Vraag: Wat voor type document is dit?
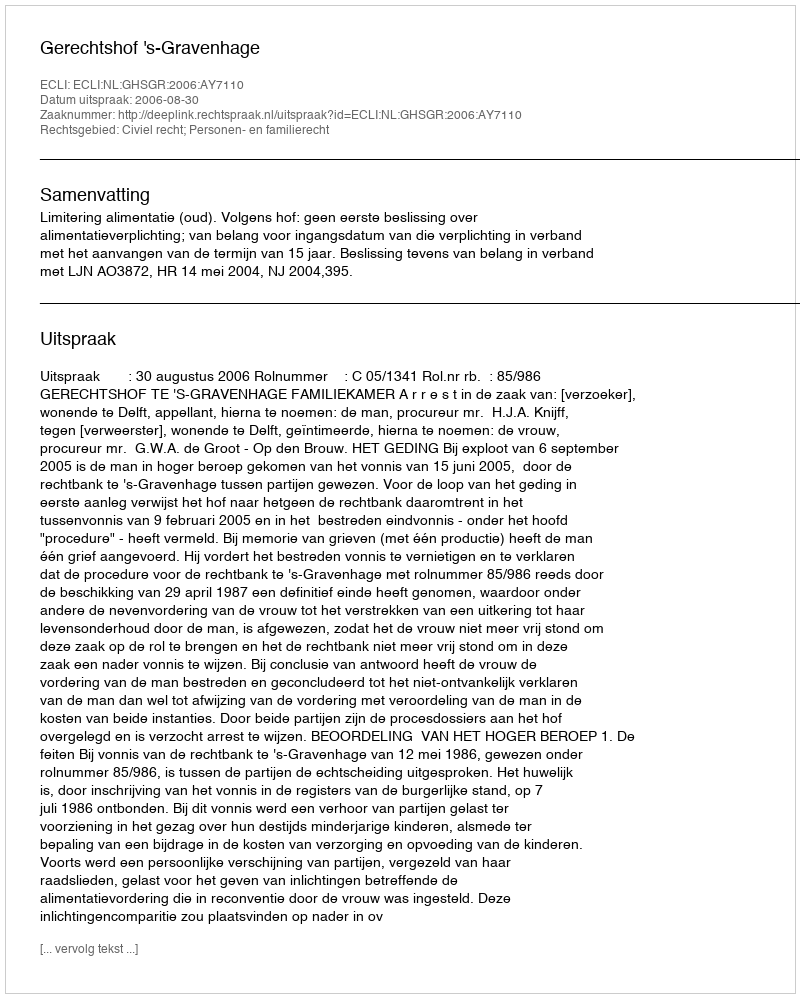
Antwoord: Uitspraak